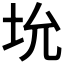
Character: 𪣁